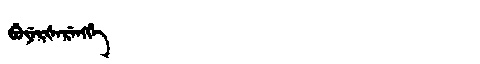
Manchu: ᠪᡠᠶᡝᡵᡧᡝᡵᡝᠩᡤᡝ
Romanization: BUYERŠERENGGE